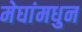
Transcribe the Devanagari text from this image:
मेघांमधुन